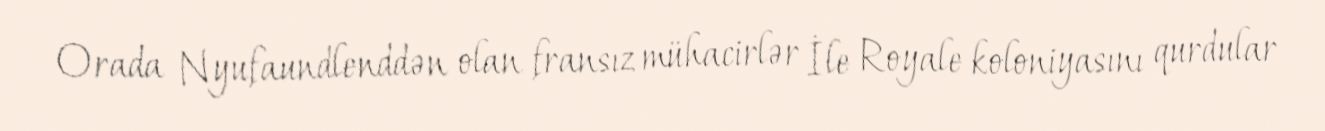
Orada Nyufaundlenddən olan fransız mühacirlər İle Royale koloniyasını qurdular